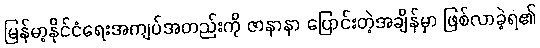
မြန်မာ့နိုင်ငံရေးအကျပ်အတည်းကို ဇာနာနာ ပြောင်းတဲ့အချိန်မှာ ဖြစ်လာခဲ့ရ၏